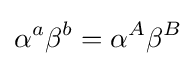
\alpha ^{a}\beta ^{b}=\alpha ^{A}\beta ^{B}